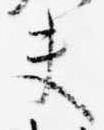
夫